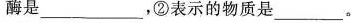
酶是___，②表示的物质是___。